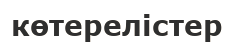
көтерелістер